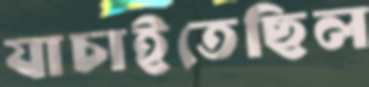
যাচাইতেছিল